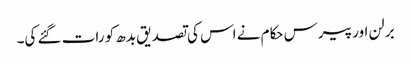
برلن اور پیرس حکام نے اس کی تصدیق بدھ کو رات گئے کی۔